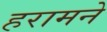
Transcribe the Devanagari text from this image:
हरामने